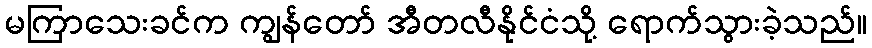
မကြာသေးခင်က ကျွန်တော် အီတလီနိုင်ငံသို့ ရောက်သွားခဲ့သည်။